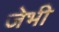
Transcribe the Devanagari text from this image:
जेभी